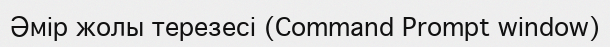
Әмір жолы терезесі (Command Prompt window)